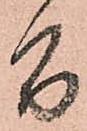
間